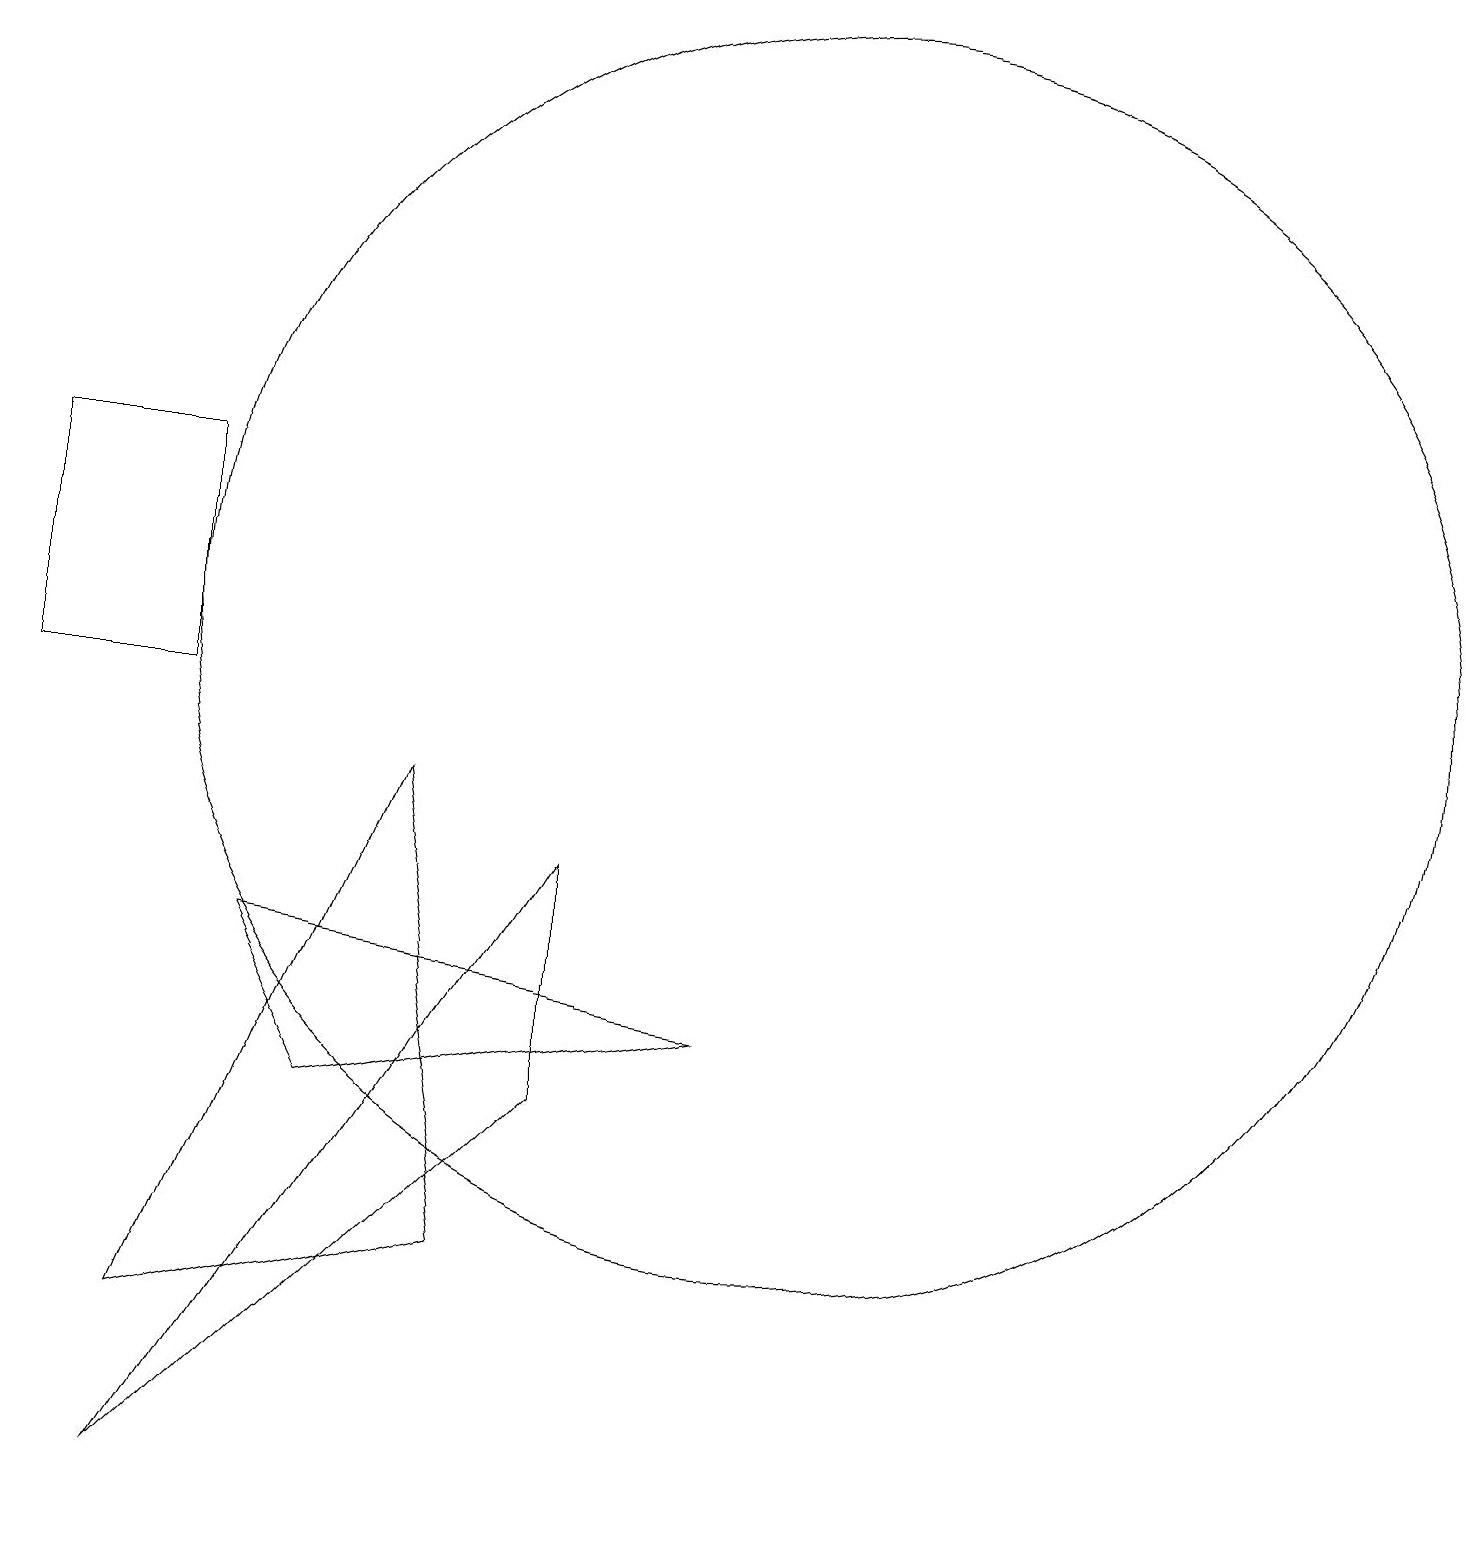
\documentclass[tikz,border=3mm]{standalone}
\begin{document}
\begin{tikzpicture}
\draw (2,10) rectangle (0,13);
\draw (2,2) -- (6,3) -- (5,9) -- cycle;
\draw (2,0) -- (7,5) -- (7,8) -- cycle;
\draw (3,7) -- (9,6) -- (4,5) -- cycle;
\draw (10,11) circle (8);
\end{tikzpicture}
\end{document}